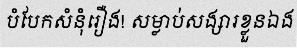
បំបែកសំនុំរឿង! សម្លាប់សង្សារខ្លួនឯង